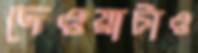
দেওয়াটাও